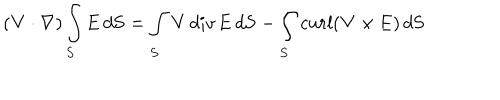
LaTeX: ( { \bf V } \cdot \nabla ) \int _ { S } { \bf E } \, d { \bf S } = \int _ { S } { \bf V } \, d i v \, { \bf E } \, d { \bf S } - \int _ { S } c u r l ( { \bf V } \times { \bf E } ) \, d { \bf S }